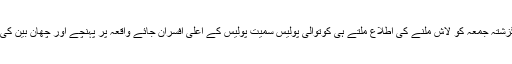
گزشتہ جمعہ کو لاش ملنے کی اطلاع ملتے ہی کوتوالی پولیس سمیت پولیس کے اعلی افسران جائے واقعہ پر پہنچے اور چھان بین کی ۔